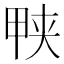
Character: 𱰱